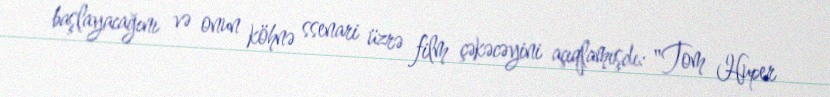
başlayacağını və onun köhnə ssenari üzrə film çəkəcəyini açıqlamışdı: "Tom Huper